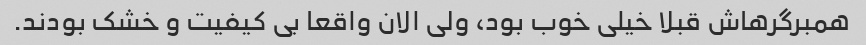
همبرگرهاش قبلا خیلی خوب بود، ولی الان واقعا بی کیفیت و خشک بودند.